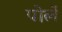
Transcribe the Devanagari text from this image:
पोर्ले